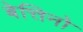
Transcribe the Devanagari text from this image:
बेत्तिनो